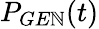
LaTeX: P_{GE\mathbb{N}}(t)